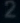
Transcribe